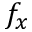
f _ { x }